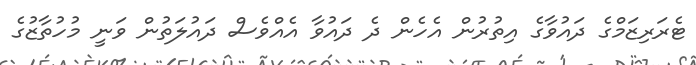
ޓެރަރިޒަމްގެ ދައުވާގެ އިތުރުން އެހެން ދެ ދައުވާ އެއްވެސް ދައުލަތުން ވަނީ މުހުތާޒުގެ